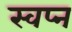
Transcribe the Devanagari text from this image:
स्वप्‍न